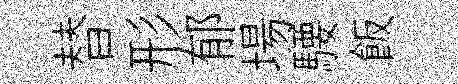
替形郁場騕飯